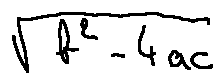
\sqrt { b ^ { 2 } - 4 a c }